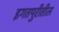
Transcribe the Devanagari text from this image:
इगतपुरीतील